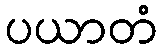
ပယာတံ